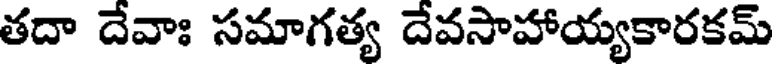
తదా దేవాః సమాగత్య దేవసాహాయ్యకారకమ్